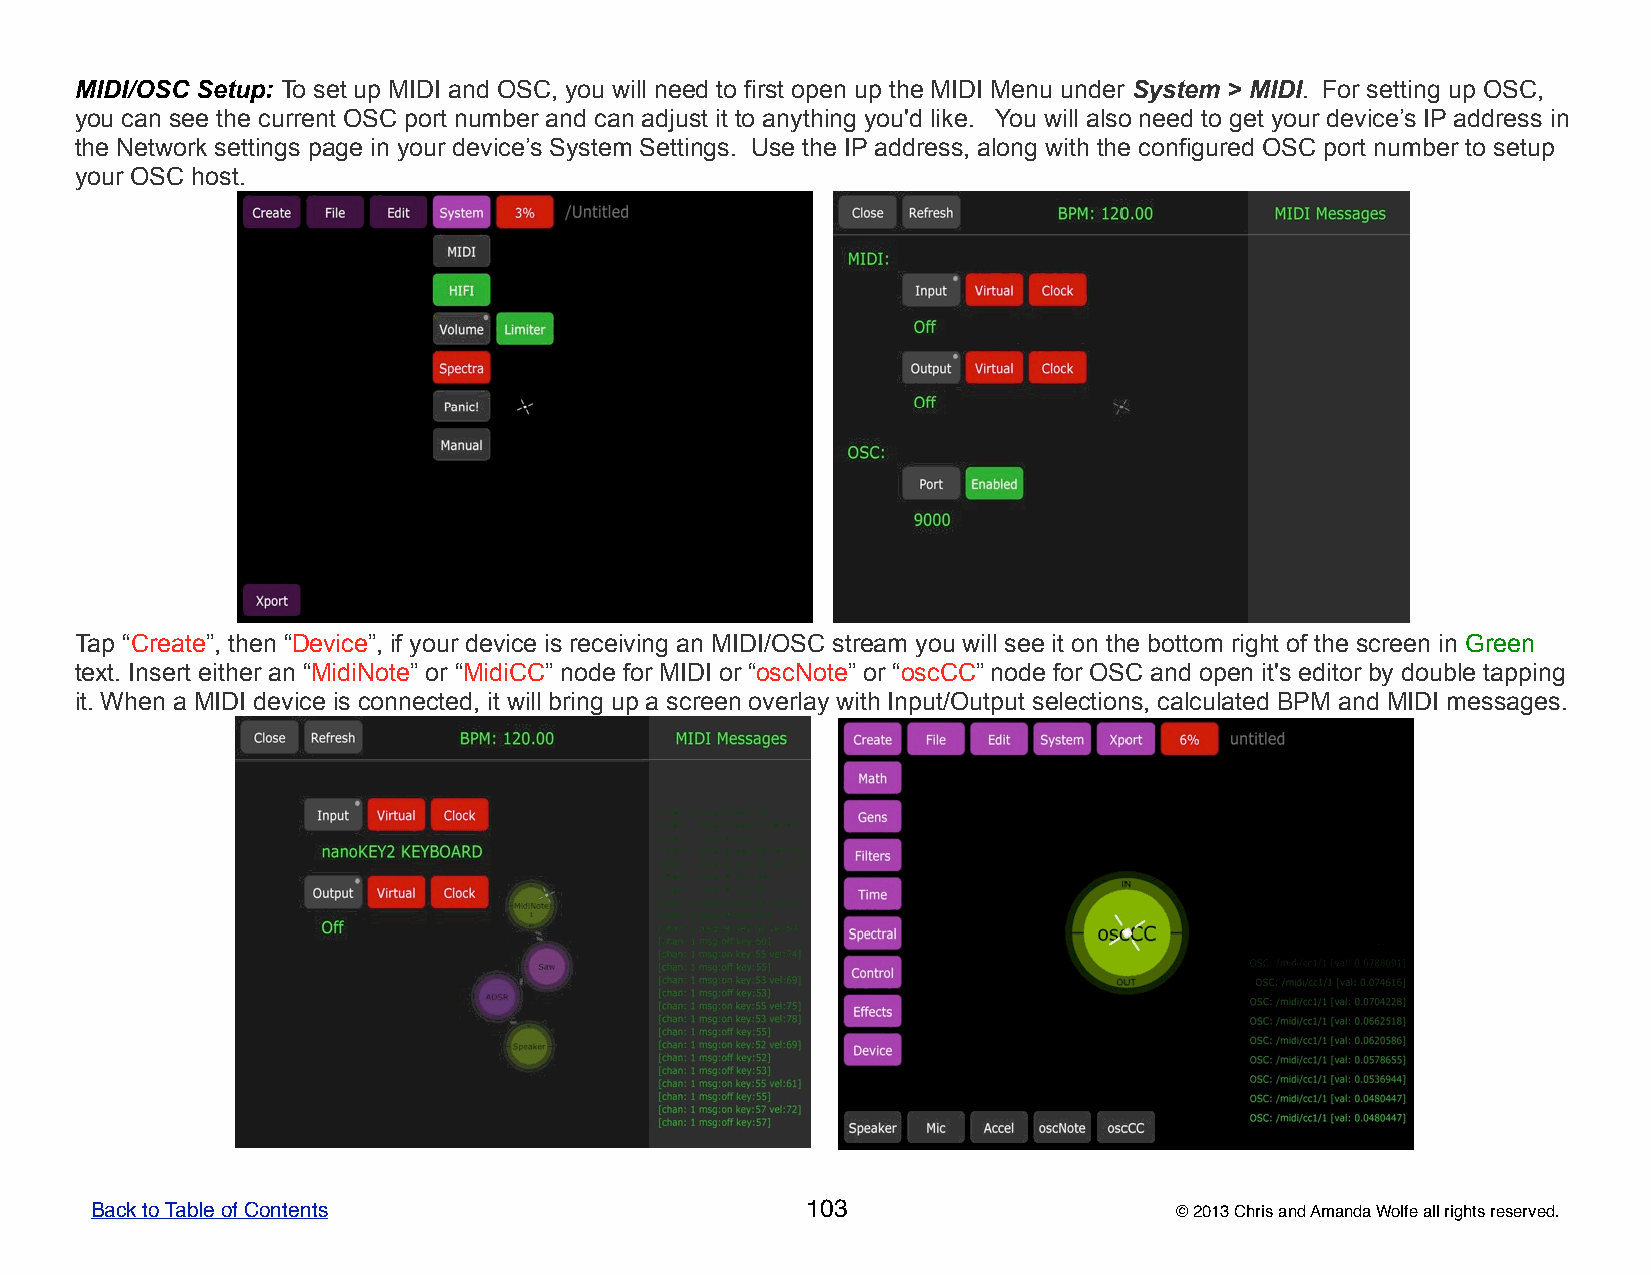
MIDI/OSC Setup: To set up MIDI and OSC, you will need to first open up the MIDI Menu under System > MIDI. For setting up OSC,
 you can see the current OSC port number and can adjust it to anything you'd like. You will also need to get your device’s IP address in
 the Network settings page in your device’s System Settings. Use the IP address, along with the configured OSC port number to setup
 your OSC host.
 Tap “Create”, then “Device”, if your device is receiving an MIDI/OSC stream you will see it on the bottom right of the screen in Green
 text. Insert either an “MidiNote” or “MidiCC” node for MIDI or “oscNote” or “oscCC” node for OSC and open it's editor by double tapping
 it. When a MIDI device is connected, it will bring up a screen overlay with Input/Output selections, calculated BPM and MIDI messages.
 Back to Table of Contents                      103                      © 2013 Chris and Amanda Wolfe all rights reserved.